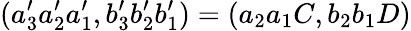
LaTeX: (a_{3}^{\prime}a_{2}^{\prime}a_{1}^{\prime},b_{3}^{\prime}b_{2}^{\prime}b_{1}^{\prime})=(a_{2}a_{1}C,b_{2}b_{1}D)